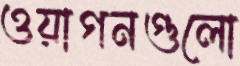
ওয়াগনগুলো